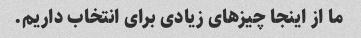
ما از اینجا چیزهای زیادی برای انتخاب داریم.